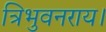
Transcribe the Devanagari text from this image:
त्रिभुवनराय।